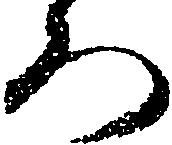
ろ